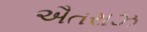
ઐતરાઝ